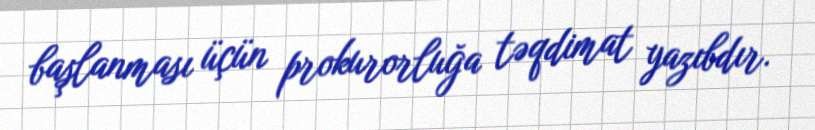
başlanması üçün prokurorluğa təqdimat yazıbdır.